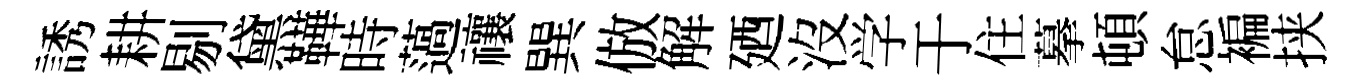
誘耕剔黛鞾時薖禳巽倣解廼沒学于住摹頓怠褊挟